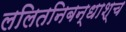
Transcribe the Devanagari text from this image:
ललितनिबन्धाश्च